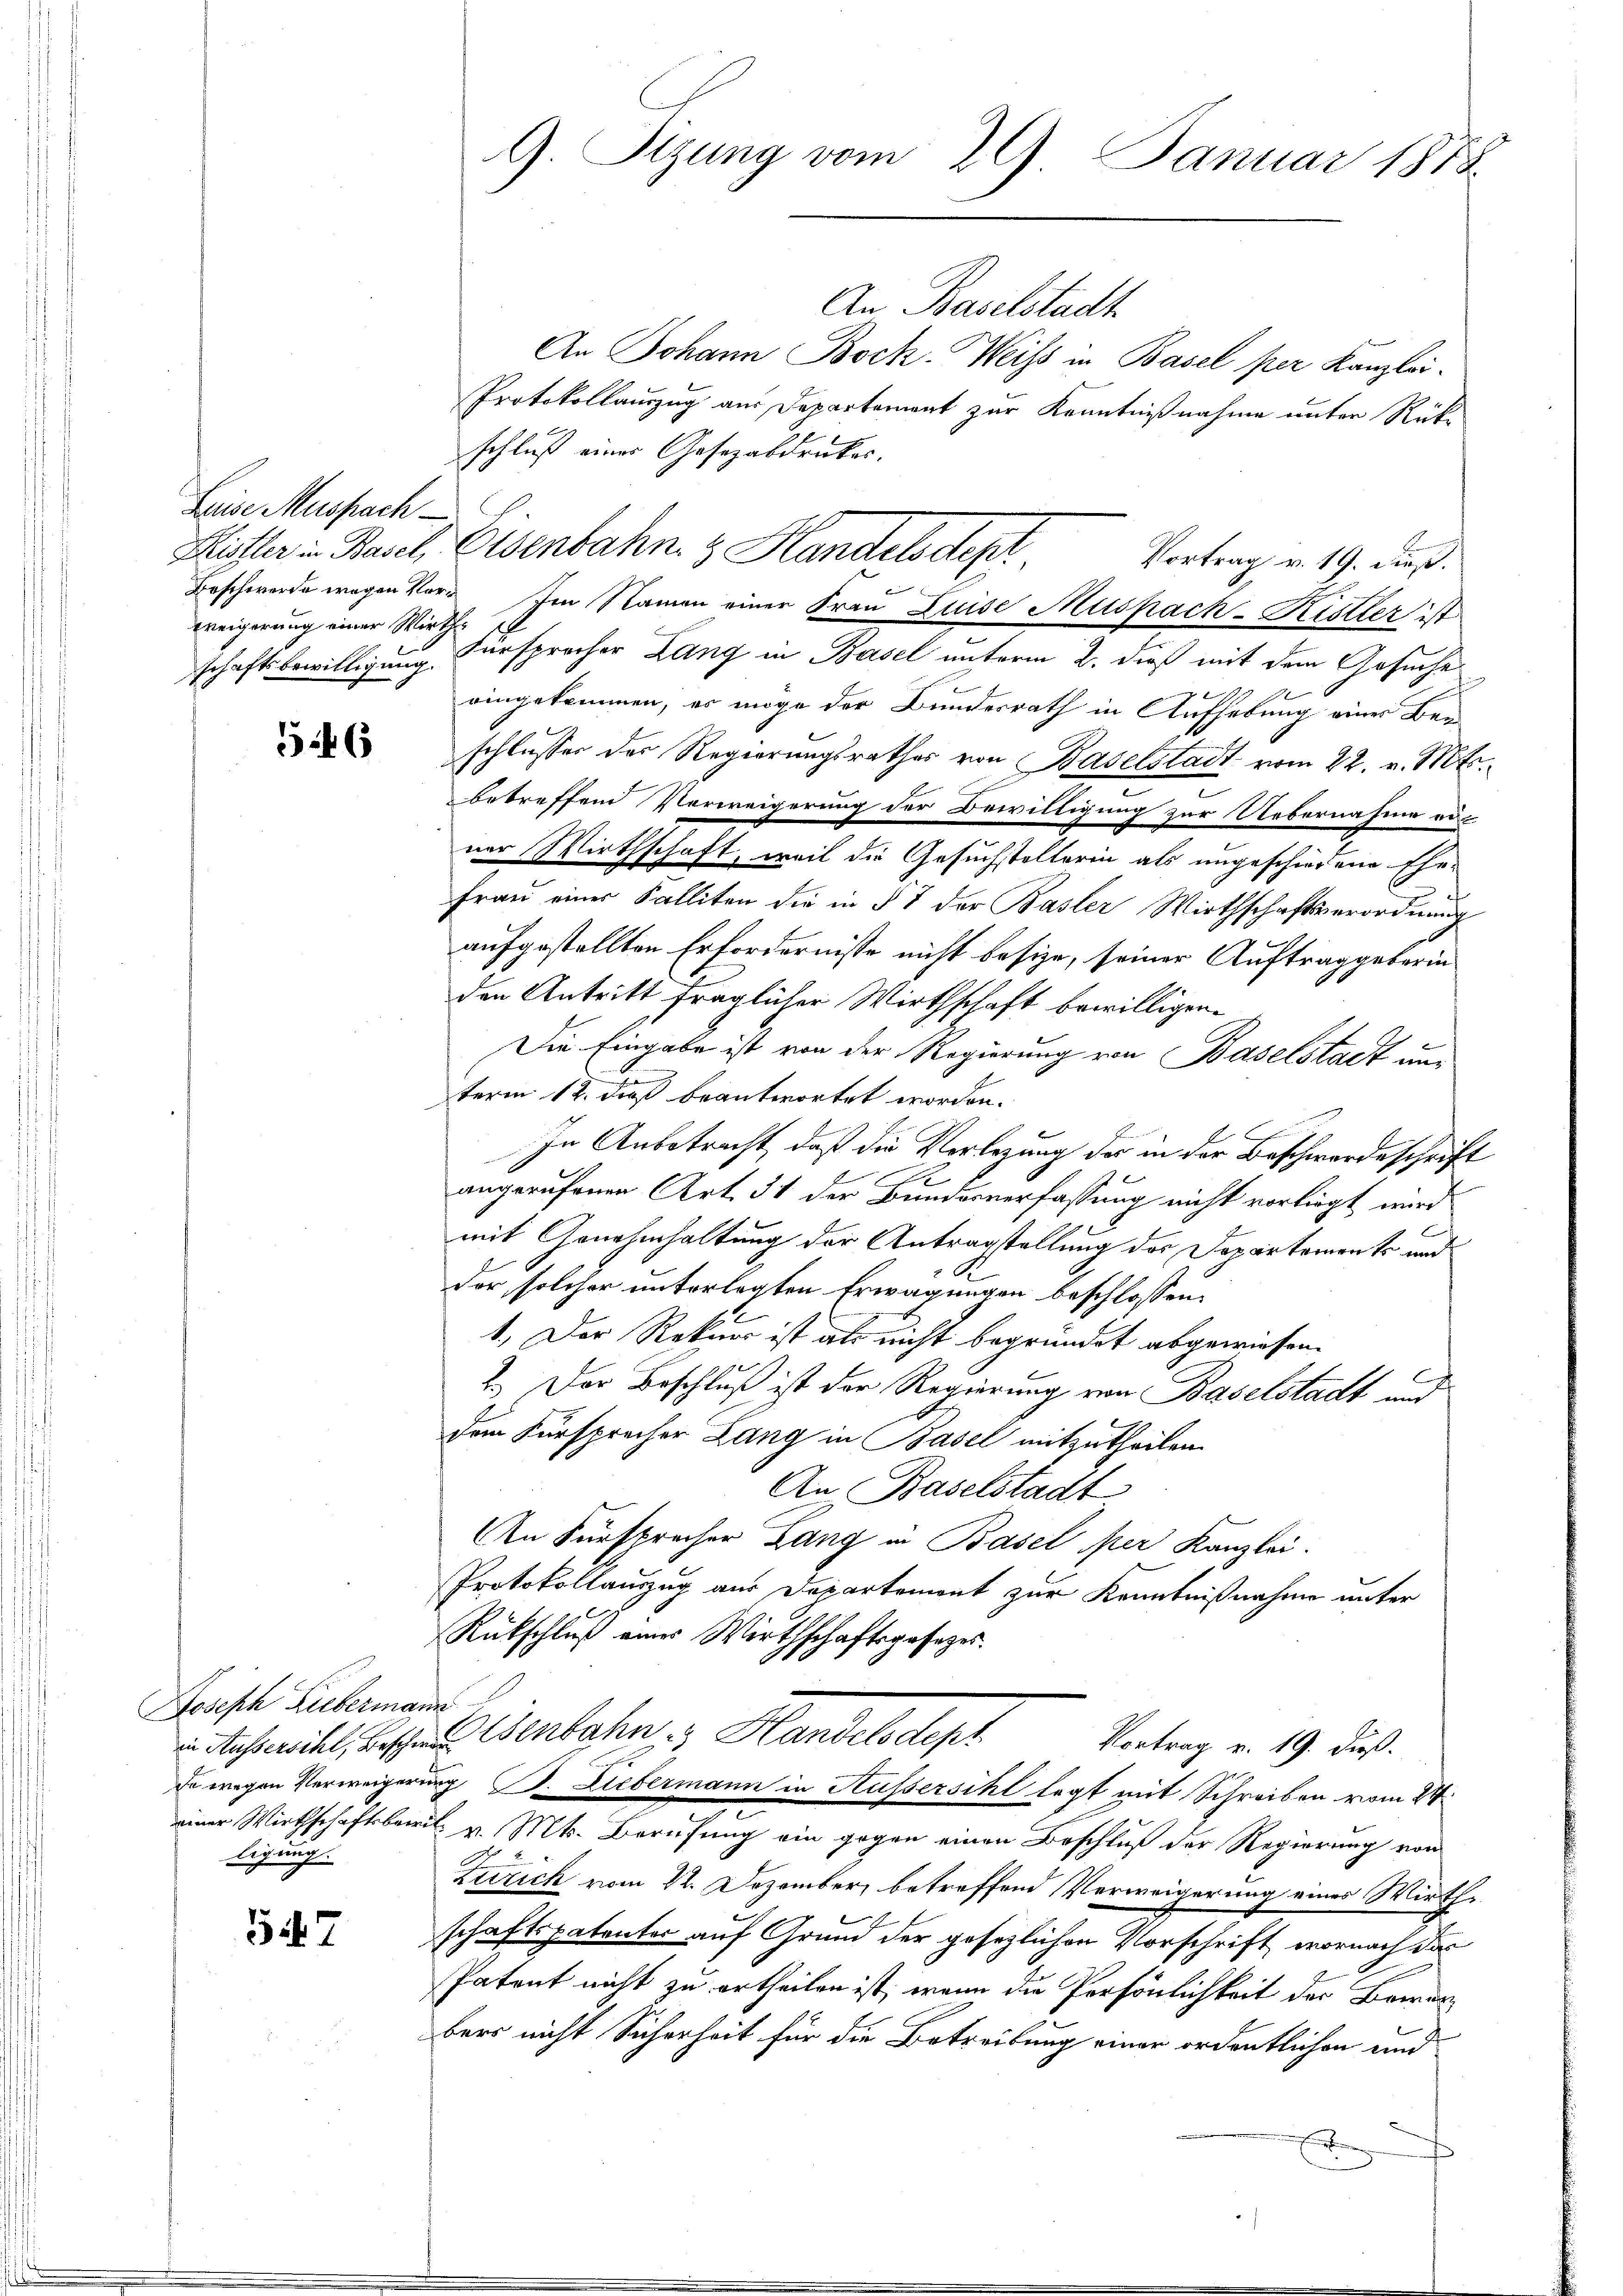
Leie Muspach
Weigerung einer Wirth¬

547

546

Joseph Hubermann
ligung.

9. Stzung vom 29. Januar 1878

An Baselstadt
An Johann Bock. Weiss in Basel per Kanzlei.
Protokollauszug aus Departement zur Kenntnißnahme unter Rückschluß eines Gesezabdruckes.
schaftsbewilligung dersprocher Lang in Basel unterm 2. dieß mit dem Gesuche
eingekommen, es möge der Bundesrath in Aufhebung einer Barschlusser der Regierungsrathes von Baselstadt vom 22. v. Mts.
betreffend Verweigerung der Bewilligung zur Uebernahme aus
ner Wirthschaft, weil die Gesuchstellerin als ungeschiedene Ehe-
Frau einer Falliten die in § 7 der Basler Wirthschaftsverordnung
aufgestellten Erfordernisse nicht besize, seiner Auftraggeberin
den Antritt fraglicher Wirthschaft bewilligen.
Die Eingabe ist von der Regierung von Baselstadt un
term 12. dieß beantwortet worden.
In Anbetracht, daß die Vorlegung der in der Beschwerdeschrift
angerufenen Art. 51 der Bundesverfassung nicht vorliegt wird.
mit Genehmhaltung der Antragstellung des Departements und
der solcher unterlegten Erwägungen beschlossen:
1.) Der Rekurs ist als nicht begründet abgewiesen.
2.) Der Beschluß ist der Regierung von Baselstadt und
dem Fürsprecher Lang in Basel mitzutheilen.
An Baselstadt
An Fürsprecher Lang in Basel per Kanzlei.
Protokollauszug aus Departement zur Kenntnißnahme unter
Rückschluß eines Wirthschaftsgesezes.
 Schricht, Beschen Esenbahn. Handelsdept
Vortrag v. 19. dieß.
Er wegen Verweigerung d. Liebermann in Hussersihl legt mit Schreiben vom 24.
einer Wirthschaftsbewil v. Mts. Berufung ein gegen einen Beschluß der Regierung von
Zürich vom 22. Dezember betreffend Verweigerung eines Wirthe
schaftspatenter auf Grund der gesezlichen Vorschrift, wornach das
Patent nicht zu ertheilen ist, wenn die Persönlichkeit des Bewer
bers nicht Sicherheit für die Betreibung einer ordentlichen und
E

Mister in Basel, Eisenbahn & Handels des

Vortrag v. 19. dieß.
b
Beschwerde wegen Vor- Im Namen einer Frau Luise Muspach-Ristler ist